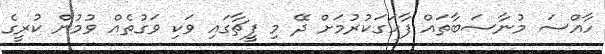
ހާއްސަ މުނާސަބާތައް ފާހަގަކުރުމަށް ދޭ މި ފީޗާގައި ވަކި ވަގުތެއް ވުމުން ކުރީގެ